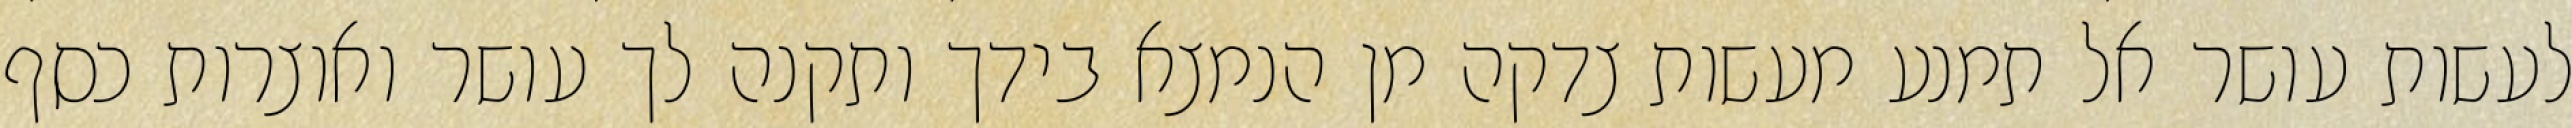
לעשות עושר אל תמנע מעשות צדקה מן הנמצא בידך ותקנה לך עושר ואוצרות כסף